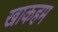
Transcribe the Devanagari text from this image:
खाकहम